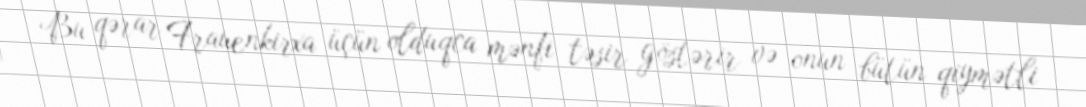
Bu qərar Frauenkirxa üçün olduqca mənfi təsir göstərir və onun bütün qiymətli